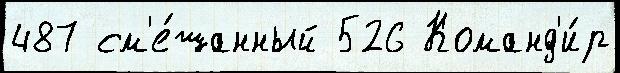
487 см'е́шанный 526 Команд'и́р